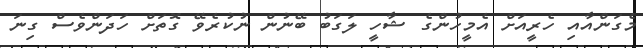
މެގަންއާއި ހެރީއަށް އެމީހުންގެ ޝާހީ ލަގަބު ބޭނުން ނުކުރެވޭ ގޮތަށް ހަދަންވެސް ގިނަ